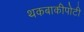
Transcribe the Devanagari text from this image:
थकबाकीपोटी